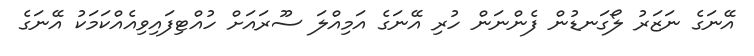
އޭނަގެ ނަޒަރު ލޯގަނޑުން ފެންނަން ހުރި އޭނަގެ އަމިއްލަ ސޫރައަށް ހުއްޓިފައިވިއެއްކަމަކު އޭނަގެ